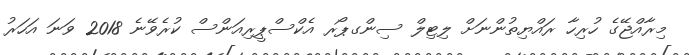
މިރާއްޖޭގެ ހުރިހާ ރައްޔިތުންނަށް ލިޓިލް ސިންގޕޯރ އެކްސްޕީރިއަންސް ކުރެވޭނެ 2018 ވަނަ އަހަރު